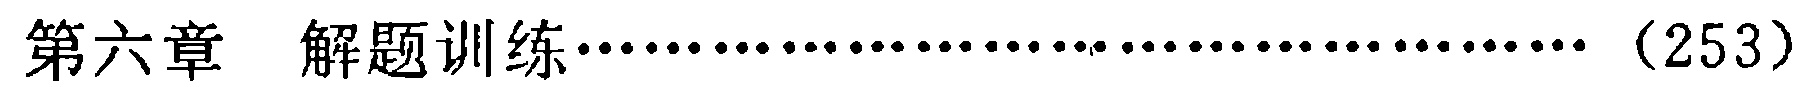
第六章 解题训练\(\cdots\cdots\cdots\cdots\cdots\cdots\cdots\cdots\cdots\cdots\cdots\cdots\cdots\cdots\cdots\cdots\cdots\)（253）